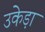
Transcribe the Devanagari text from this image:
उकेड़ा